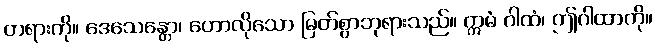
တရားကို။ ဒေသေန္တော၊ ဟောလိုသော မြတ်စွာဘုရားသည်။ ဣမံ ဂါထံ၊ ဤဂါထာကို။